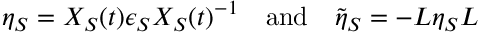
\eta _ { S } = X _ { S } ( t ) \epsilon _ { S } X _ { S } ( t ) ^ { - 1 } \quad \mathrm { a n d } \quad \tilde { \eta } _ { S } = - L \eta _ { S } L